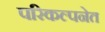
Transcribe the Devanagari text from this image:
परिकल्पनेत